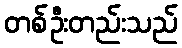
တစ်ဦးတည်းသည်